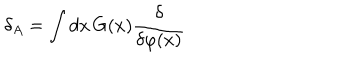
\delta _ { A } = \int d x \, G ( x ) \frac { \delta } { \delta \varphi ( x ) }